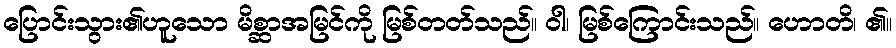
ပြောင်းသွား၏ဟူသော မိစ္ဆာအမြင်ကို မြစ်တတ်သည်။ ဝါ၊ မြစ်ကြောင်းသည်။ ဟောတိ၊ ၏။